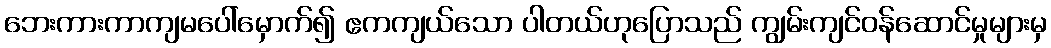
ဘေးကားကာကျမပေါ်မှောက်၍ ဧကကျယ်သော ပါတယ်ဟုပြောသည် ကျွမ်းကျင်ဝန်ဆောင်မှုများမှ